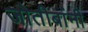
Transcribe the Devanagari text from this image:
जोतीबांनी